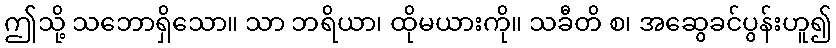
ဤသို့ သဘောရှိသော။ သာ ဘရိယာ၊ ထိုမယားကို။ သခီတိ စ၊ အဆွေခင်ပွန်းဟူ၍